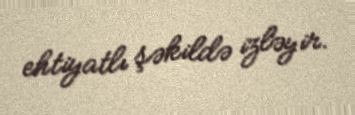
ehtiyatlı şəkildə izləyir.